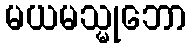
မယမသ္မုဘော